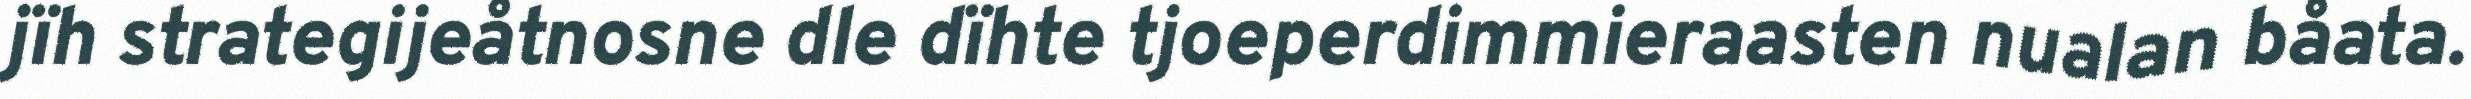
jïh strategijeåtnosne dle dïhte tjoeperdimmieraasten nualan båata.